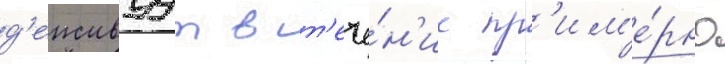
д'еиствуут в т'ече́н'ие пр'им'е́рно